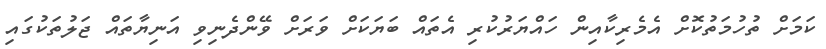
ކަމަށް ތުހުމަތުކޮށް އެމެރިކާއިން ހައްޔަރުކުރި އެތައް ބަޔަކަށް ވަރަށް ވޭންދެނިވި އަނިޔާތައް ޖަލުތަކުގައި